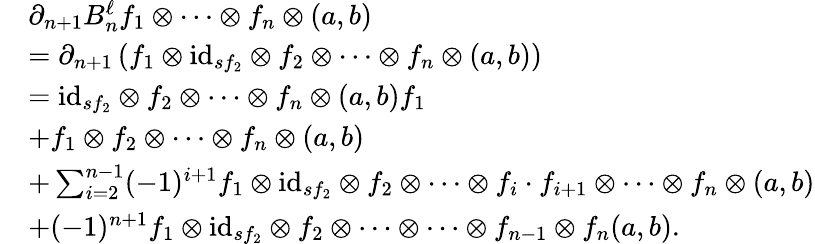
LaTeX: \begin{array}{rl}&{\partial_{n+1}B_{n}^{\ell}f_{1}\otimes\dots\otimes f_{n}\otimes(a,b)}\\ &{=\partial_{n+1}\left(f_{1}\otimes\mathrm{id}_{sf_{2}}\otimes f_{2}\otimes\dots\otimes f_{n}\otimes(a,b)\right)}\\ &{=\mathrm{id}_{sf_{2}}\otimes f_{2}\otimes\dots\otimes f_{n}\otimes(a,b)f_{1}}\\ &{+f_{1}\otimes f_{2}\otimes\dots\otimes f_{n}\otimes(a,b)}\\ &{+\sum_{i=2}^{n-1}(-1)^{i+1}f_{1}\otimes\mathrm{id}_{sf_{2}}\otimes f_{2}\otimes\dots\otimes f_{i}\cdot f_{i+1}\otimes\dots\otimes f_{n}\otimes(a,b)}\\ &{+(-1)^{n+1}f_{1}\otimes\mathrm{id}_{sf_{2}}\otimes f_{2}\otimes\dots\otimes\dots\otimes f_{n-1}\otimes f_{n}(a,b).}\end{array}